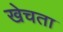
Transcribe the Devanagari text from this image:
खेचता